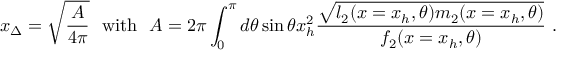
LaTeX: x _ { \Delta } = \sqrt { \frac { A } { 4 \pi } } \ \ \mathrm { w i t h } \ \ A = 2 \pi \int _ { 0 } ^ { \pi } d \theta \sin \theta x _ { h } ^ { 2 } \frac { \sqrt { l _ { 2 } ( x = x _ { h } , \theta ) m _ { 2 } ( x = x _ { h } , \theta ) } } { f _ { 2 } ( x = x _ { h } , \theta ) } \ .